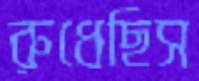
রুধেছিস